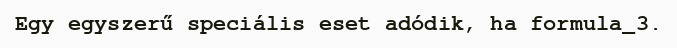
Egy egyszerű speciális eset adódik, ha formula_3.